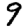
Digit: 9